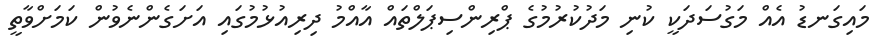
މައިގަނޑު އެއް މަގުސަދަކީ ކުނި މަދުކުރުމުގެ ޕްރިންސިޕަލްތައް އާއްމު ދިރިއުޅުމުގައި އަށަގެންނެވުން ކަމަށްވާތީ